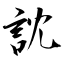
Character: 訦